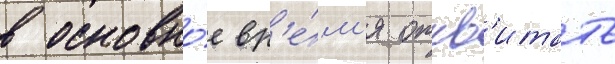
в основно́е вр'е́м'я откв'итать